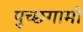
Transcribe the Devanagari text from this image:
पुच्छगामी